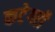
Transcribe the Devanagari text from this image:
कटेगरी